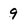
Character: 9